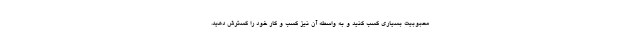
محبوبیت بسیاری کسب کنید و به واسطه آن نیز کسب و کار خود را گسترش دهید.